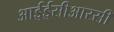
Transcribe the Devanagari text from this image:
आईईसीआरसी